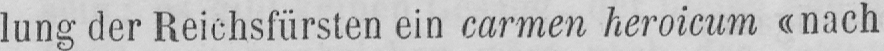
ein carmen heroicum «nach